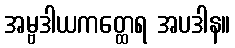
အမ္ဗဒါယကတ္ထေရ အပဒါန။